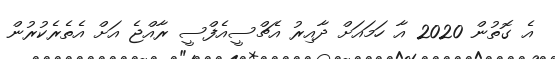
އެ ގޮތުން 2020 އާ ހަމައަށް ދާއިރު އެޗްސީއެފްސީ ރާއްޖެ އަށް އެތެރެކުރުން